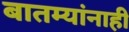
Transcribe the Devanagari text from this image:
बातम्यांनाही